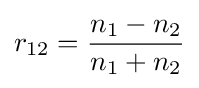
r_{12}={\frac {n_{1}-n_{2}}{n_{1}+n_{2}}}